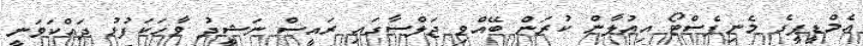
އެމްޑީޕީގެ މެނިފެސްޓޯ އިއުލާން ކުރަން ބޭއްވި ޖަލްސާގައި ރައީސް ނަޝީދު ވާހަކަފުޅު ދައްކަވަނީ